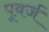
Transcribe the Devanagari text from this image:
पूवर्ज